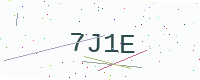
Text: 7J1E